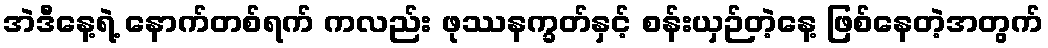
အဲဒီနေ့ရဲ့ နောက်တစ်ရက် ကလည်း ဖုဿနက္ခတ်နှင့် စန်းယှဉ်တဲ့နေ့ ဖြစ်နေတဲ့အတွက်